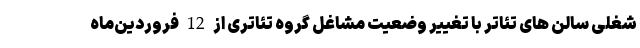
شغلی سالن های تئاتر با تغییر وضعیت مشاغل گروه تئاتری از 12 فروردین‌ماه